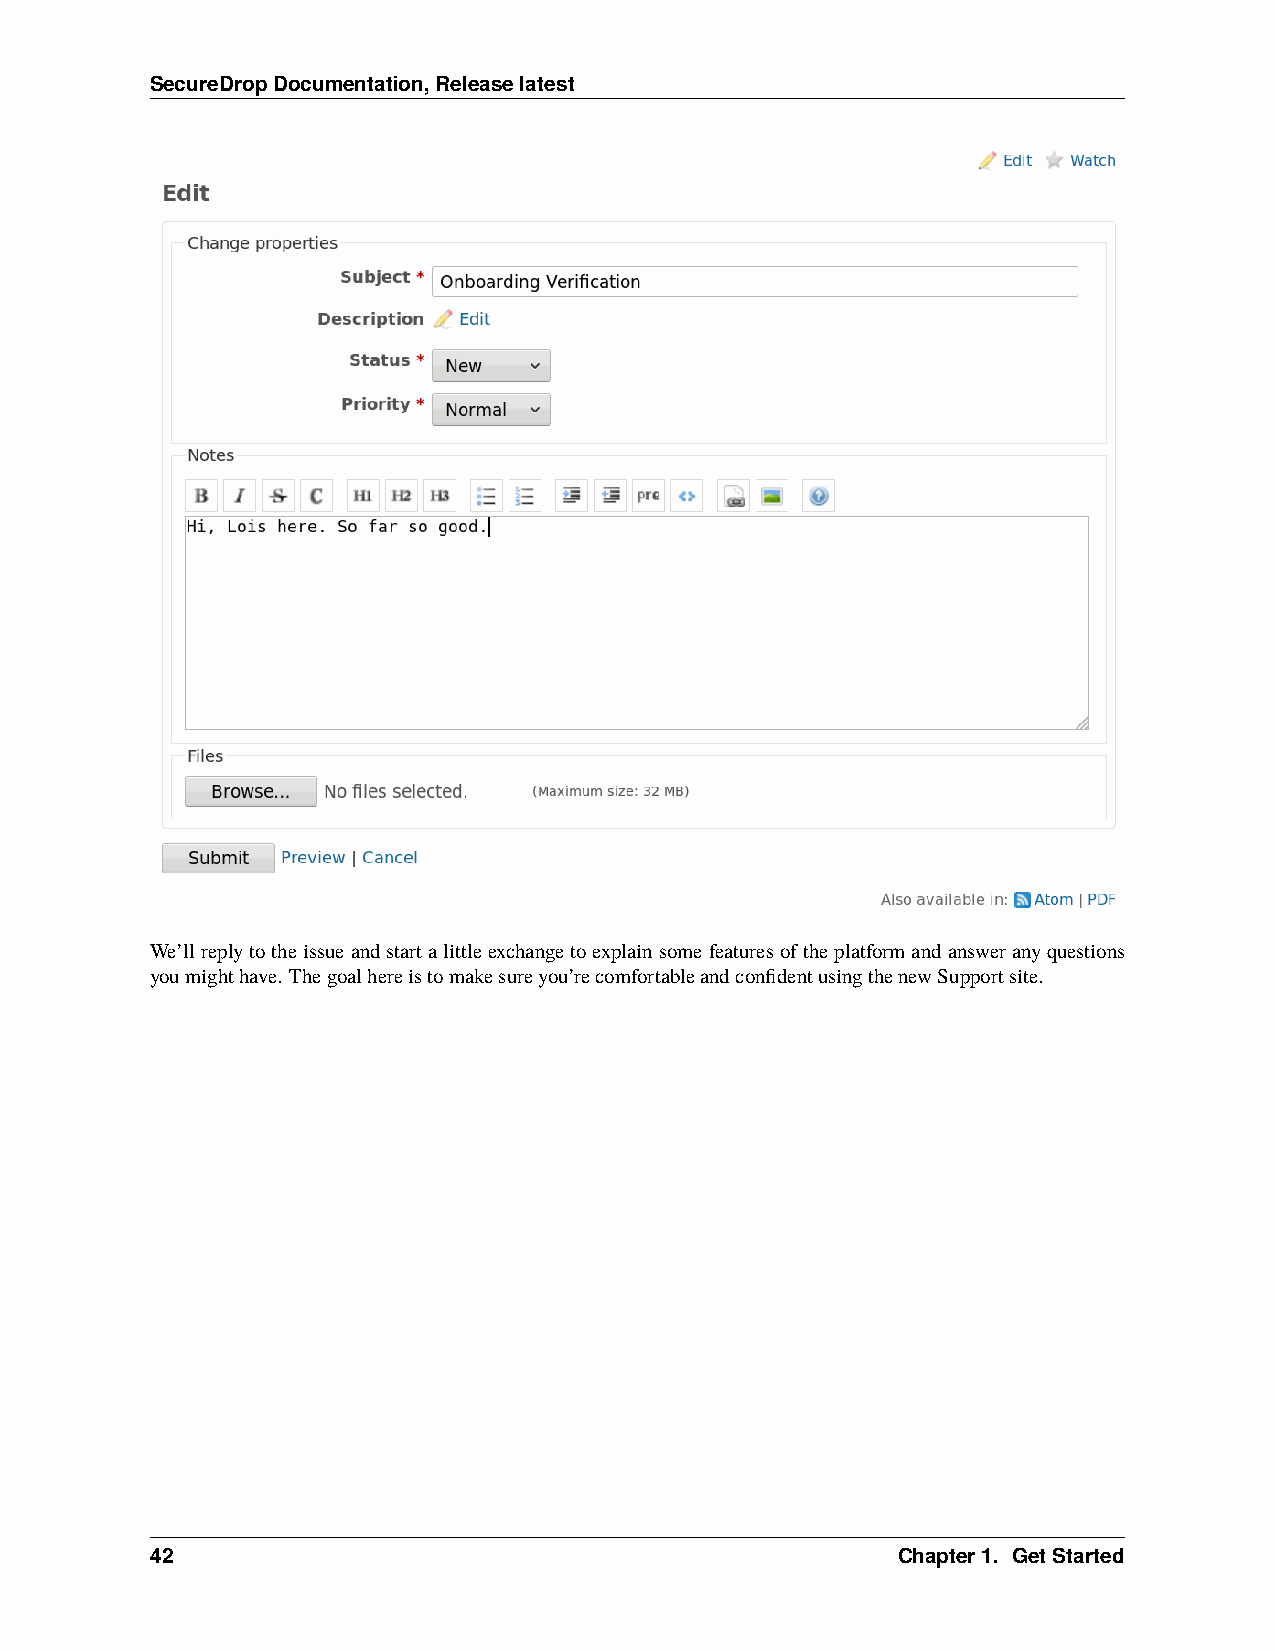
SecureDropDocumentation,Releaselatest
 We’llreplytotheissueandstartalittleexchangetoexplainsomefeaturesoftheplatformandansweranyquestions
 youmighthave. Thegoalhereistomakesureyou’recomfortableandconfidentusingthenewSupportsite.
 42                                               Chapter1. GetStarted